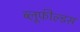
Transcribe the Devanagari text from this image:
ब्लूफील्डस